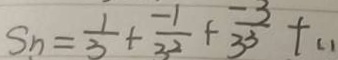
S _ { n } = \frac { 1 } { 3 } + \frac { - 1 } { 3 ^ { 2 } } + \frac { - 3 } { 3 ^ { 3 } } + 1 1